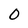
Character: 0